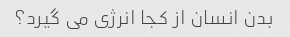
بدن انسان از کجا انرژی می گیرد؟